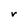
Character: V